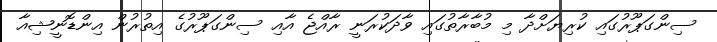
ސިންގަޕޫރުގައި ކުރިޔަށްދާ މި މުބާރާތުގައި ވާދަކުރަނީ ރާއްޖެ އާއި ސިންގަޕޫރުގެ އިތުރުން އިންޑޮނީޝިއާ